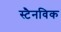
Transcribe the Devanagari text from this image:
स्टैनविक